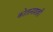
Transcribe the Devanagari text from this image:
कोतानाशाही